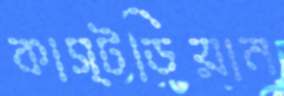
কাস্টডিয়ান